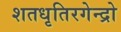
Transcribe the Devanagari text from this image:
शतधृतिरगेन्द्रो